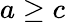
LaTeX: a\geq c